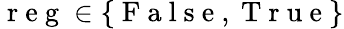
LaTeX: \mathrm{~r~e~g~}\in\{ \mathrm{~F~a~l~s~e~},\mathrm{~T~r~u~e~}\}